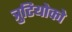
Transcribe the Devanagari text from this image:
त्रुटियोको